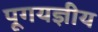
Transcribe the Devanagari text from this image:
पूगयज्ञीय